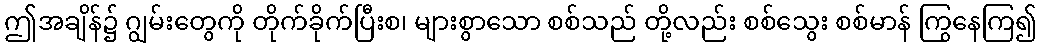
ဤအချိန်၌ ဂျွမ်းတွေကို တိုက်ခိုက်ပြီးစ၊ များစွာသော စစ်သည် တို့လည်း စစ်သွေး စစ်မာန် ကြွနေကြ၍